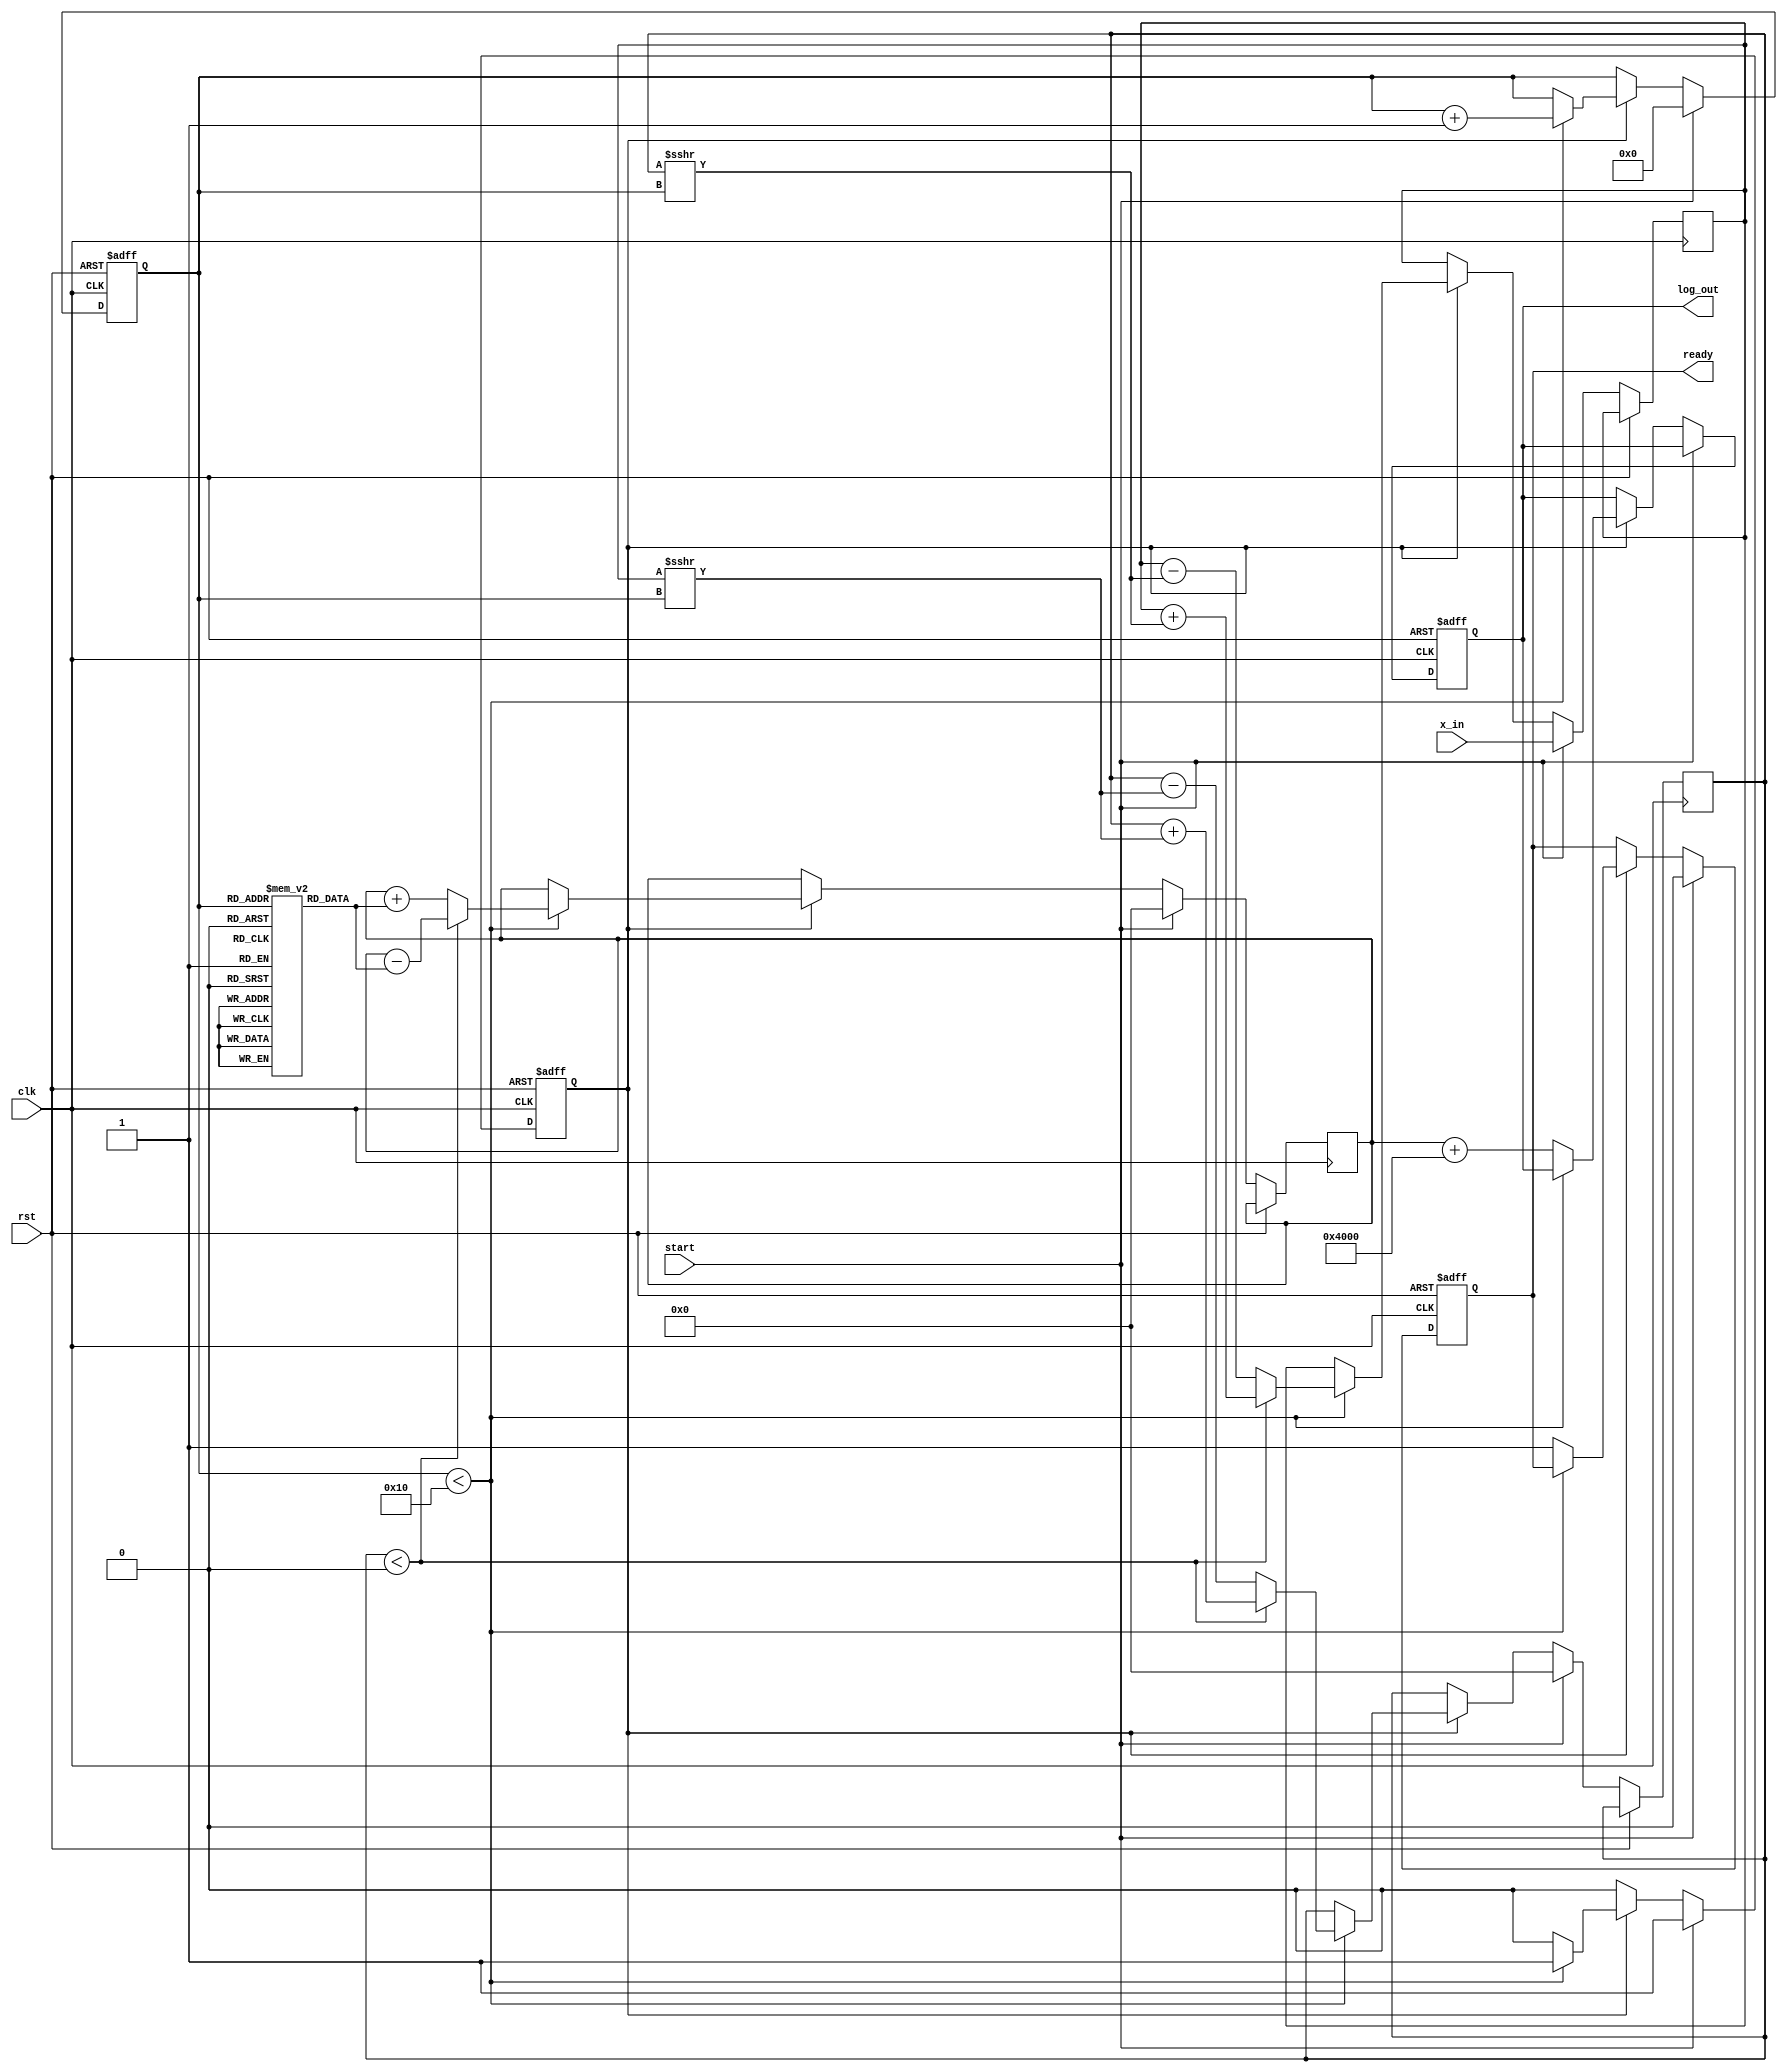
module CORDIC_Log(
    input wire clk,
    input wire rst,
    input wire start,
    input wire [15:0] x_in, // Input value (fixed-point representation)
    output reg [15:0] log_out, // Output logarithm (fixed-point representation)
    output reg ready // Indicates output is ready
);

    // Parameters
    parameter MAX_ITER = 16; // Maximum number of iterations
    parameter ANGLE_WIDTH = 16; // Width of angle representation
    parameter LOG_SCALE = 16'h4000; // Scaling factor for logarithm output

    // Angle lookup table (arctangent values)
    reg [ANGLE_WIDTH-1:0] atan_table [0:MAX_ITER-1];
    
    initial begin
        // Initialize arctangent values in radians (fixed-point)
        atan_table[0] = 16'h0000; // atan(0)
        atan_table[1] = 16'h2000; // atan(1)
        atan_table[2] = 16'h1000; // atan(0.5)
        // Fill in with other values as needed...
        // Example: atan_table[3] = 16'h0800; // atan(0.25)
        // Continue initializing for all required angles.
    end

    // Internal registers
    reg [15:0] x, y, z; // x, y for vector, z for angle
    reg [3:0] iter; // Iteration counter
    reg processing; // Processing state

    always @(posedge clk or posedge rst) begin
        if (rst) begin
            log_out <= 16'h0000;
            ready <= 1'b0;
            processing <= 1'b0;
            iter <= 0;
        end else if (start) begin
            // Initialization
            x <= x_in; // Load input
            y <= 16'h0000; // Initial y = 0
            z <= 16'h0000; // Initial angle z = 0
            iter <= 0;
            processing <= 1'b1;
            ready <= 1'b0;
        end else if (processing) begin
            if (iter < MAX_ITER) begin
                // CORDIC rotation
                if (y < 0) begin
                    // Rotate clockwise
                    x <= x + (y >>> iter);
                    y <= y + (x >>> iter);
                    z <= z - atan_table[iter];
                end else begin
                    // Rotate counter-clockwise
                    x <= x - (y >>> iter);
                    y <= y - (x >>> iter);
                    z <= z + atan_table[iter];
                end
                iter <= iter + 1;
            end else begin
                // Finish processing
                log_out <= z + LOG_SCALE; // Scale for output
                ready <= 1'b1;
                processing <= 1'b0;
            end
        end
    end
endmodule